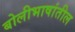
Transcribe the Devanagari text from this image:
बोलीभाषांतील